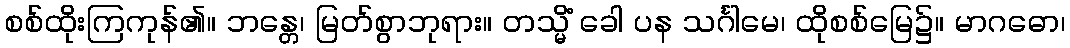
စစ်ထိုးကြကုန်၏။ ဘန္တေ၊ မြတ်စွာဘုရား။ တသ္မိံ ခေါ ပန သင်္ဂါမေ၊ ထိုစစ်မြေ၌။ မာဂဓော၊